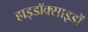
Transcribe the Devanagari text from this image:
हाइडॉक्साइडों